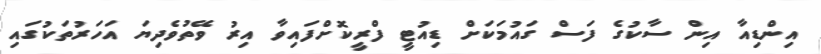
އިންޑިއާ އިން ސާކުގެ ފަސް ގައުމަކަށް ޑިއުޓީ ފްރީކޮށްފައިވާ އިރު ވޭތުވެދިޔަ އަހަރުތަކުގައި